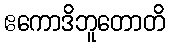
ဧကောဒိဘူတောတိ